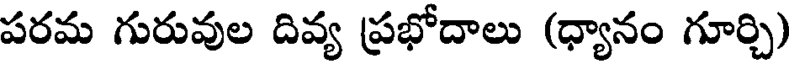
పరమ గురువుల దివ్య ప్రభోదాలు (ధ్యానం గూర్చి)